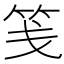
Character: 笺